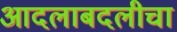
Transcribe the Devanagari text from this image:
आदलाबदलीचा